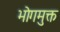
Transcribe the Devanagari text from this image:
भोगमुक्त